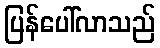
ပြန်ပေါ်လာသည်